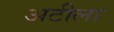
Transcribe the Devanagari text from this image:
अटीला